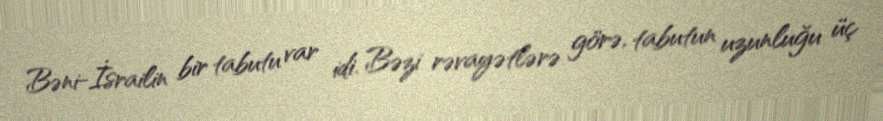
Bəni-İsrailin bir tabutu var idi. Bəzi rəvayətlərə görə, tabutun uzunluğu üç